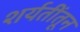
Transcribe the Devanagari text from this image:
शर्यतींतून